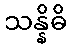
သန္နိဓိ